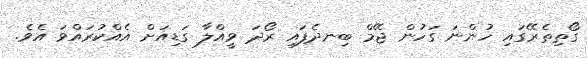
ގޯތިތެރޭގައި ހުންނަ ގަހުން ޖޭމް ބިނދެފައި ރޯދަ ވީއްލާ ގަޑިއަށް އެއްކުރައްވަ އެވެ.